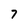
Character: 7